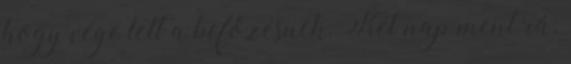
hogy vége lett a befőzésnek. Két nap ment rá.